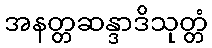
အနတ္တဆန္ဒာဒိသုတ္တံ